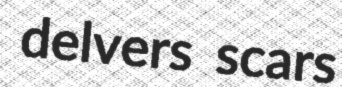
delvers scars